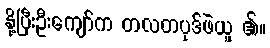
နို့ပြီးဦးကျော်က တလတပုဒ်ဖဲယူ ၏။